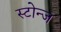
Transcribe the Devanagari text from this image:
स्टोन्ज